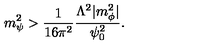
m _ { \psi } ^ { 2 } > \frac { 1 } { 1 6 \pi ^ { 2 } } \frac { \Lambda ^ { 2 } | m _ { \phi } ^ { 2 } | } { \psi _ { 0 } ^ { 2 } } .